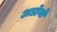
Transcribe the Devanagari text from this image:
अडोर्नो